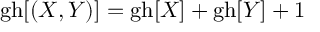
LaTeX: \mathrm { g h } [ ( X , Y ) ] = \mathrm { g h } [ X ] + \mathrm { g h } [ Y ] + 1